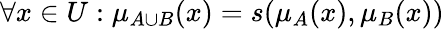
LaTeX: \forall x\in{U}:\mu_{A\cup{B}}(x)=s(\mu_{A}(x),\mu_{B}(x))